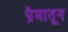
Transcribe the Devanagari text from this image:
प्रेमातून